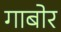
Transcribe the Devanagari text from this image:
गाबोर